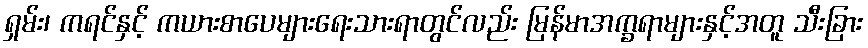
ရှမ်း၊ ကရင်နှင့် ကယားစာပေများရေးသားရာတွင်လည်း မြန်မာအက္ခရာများနှင့်အတူ သီးခြား